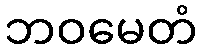
ဘဝမေတံ